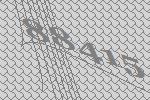
88415